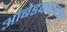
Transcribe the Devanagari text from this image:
आंबेडकराना